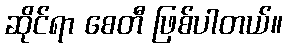
ဆိုင်ရာ စေတီ ဖြစ်ပါတယ်။